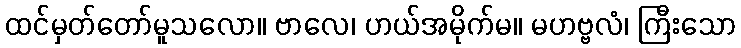
ထင်မှတ်တော်မူသလော။ ဗာလေ၊ ဟယ်အမိုက်မ။ မဟဗ္ဗလံ၊ ကြီးသော